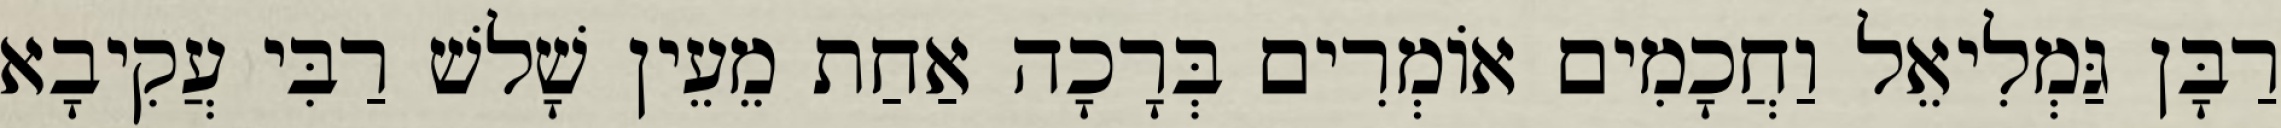
רַבָּן גַּמְלִיאֵל וַחֲכָמִים אוֹמְרִים בְּרָכָה אַחַת מֵעֵין שָׁלשׁ רַבִּי עֲקִיבָא